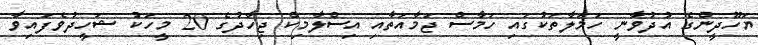
ޔަހޫދީންގެ އުދުވާނީ ހަމަލާތަކުގައި ހަމާސް ޖަމާއަތާއި އިސްލާމިކް ޖިހާދުގެ 20 މީހަކު ޝަހީދުވެފައިވާ